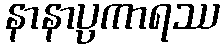
နာနာပ္ပကာရဿ